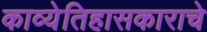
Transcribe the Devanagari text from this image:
काव्येतिहासकाराचे